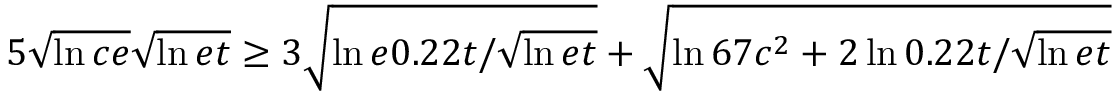
\begin{array} { r } { 5 \sqrt { \ln { c e } } \sqrt { \ln { e t } } \ge 3 \sqrt { \ln { e 0 . 2 2 t / \sqrt { \ln { e t } } } } + \sqrt { \ln { 6 7 c ^ { 2 } } + 2 \ln { 0 . 2 2 t / \sqrt { \ln { e t } } } } } \end{array}